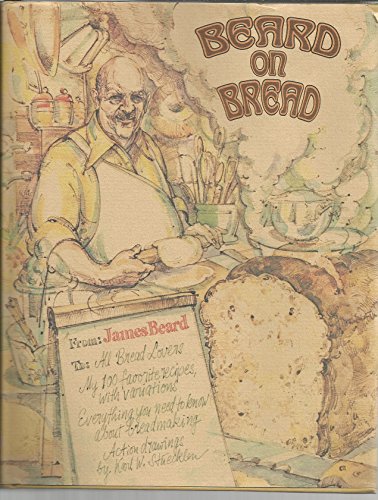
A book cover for Beard on Bread; James Beard; Cookbooks, Food & Wine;